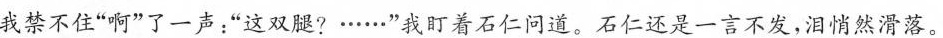
我禁不住”啊”了一声：”这双腿?……”我盯着石仁河道。石仁还是一言不发，泪悄然滑落。